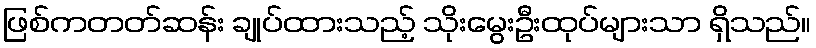
ဖြစ်ကတတ်ဆန်း ချုပ်ထားသည့် သိုးမွေးဦးထုပ်များသာ ရှိသည်။